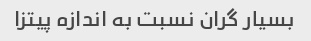
بسیار گران نسبت به اندازه پیتزا